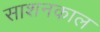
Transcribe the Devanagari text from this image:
साशनकाल